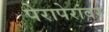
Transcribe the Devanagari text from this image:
पेरापेरांवर